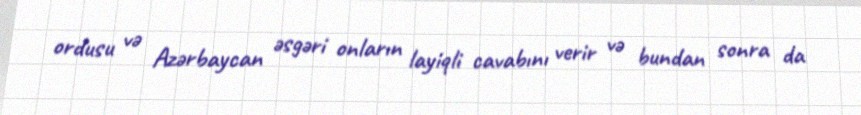
ordusu və Azərbaycan əsgəri onların layiqli cavabını verir və bundan sonra da